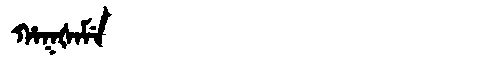
Manchu: ᡥᠠᡴᡧᠠᠮᡝ
Romanization: HAKŠAME